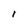
Character: I